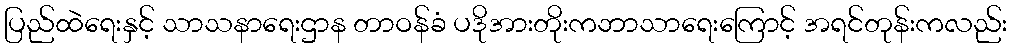
ပြည်ထဲရေးနှင့် သာသနာရေးဌာန တာဝန်ခံ ပဒိုအားတိုးကဘာသာရေးကြောင့် အရင်တုန်းကလည်း